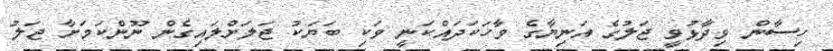
ހިސާން ވިދާޅުވީ ޖަލުގެ އަނިޔާގެ ވާހަކަދައްކަނީ ވަކި ބަޔަކު ޖަލަށްލައިގެން ނޫންކަމަށާ ޖަލު